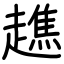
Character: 趭